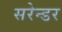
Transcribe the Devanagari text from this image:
सरेन्डर